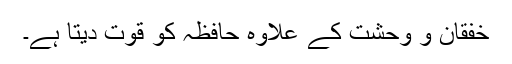
خفقان و وحشت کے علاوہ حافظہ کو قوت دیتا ہے۔